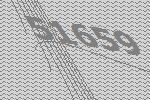
51659